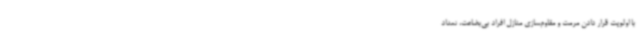
با اولویت قرار دادن مرمت و مقاوم‌سازی منازل افراد بی‌بضاعت، تعداد